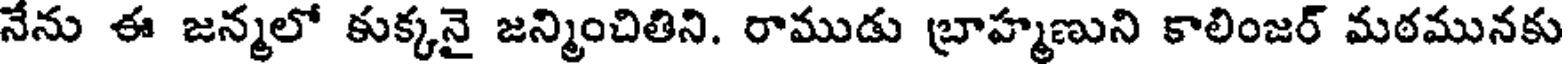
నేను ఈ జన్మలో కుక్కనై జన్మించితిని. రాముడు బ్రాహ్మణుని కాలింజర్ మఠమునకు